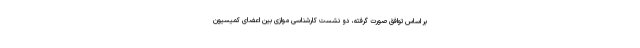
بر اساس توافق صورت گرفته، دو نشست کارشناسی موازی بین اعضای کمیسیون